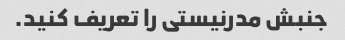
جنبش مدرنیستی را تعریف کنید.